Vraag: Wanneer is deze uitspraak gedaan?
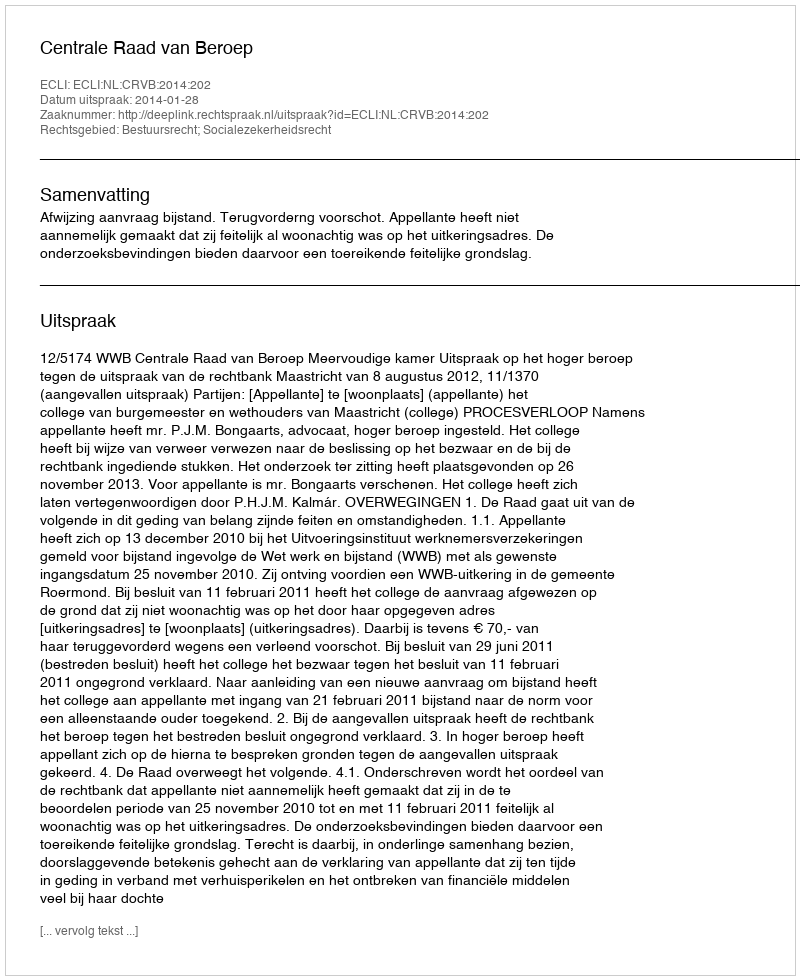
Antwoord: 2014-01-28